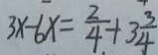
3 x - 6 x = \frac { 2 } { 4 } + 3 \frac { 3 } { 4 }